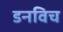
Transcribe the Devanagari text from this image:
डनविच